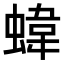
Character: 𧍫